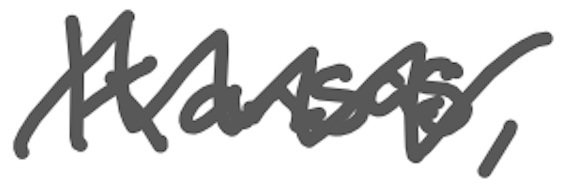
Text: Kansas,
Cross-out: zig-zag
Writing tool: digital_gray